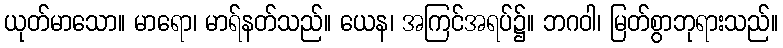
ယုတ်မာသော။ မာရော၊ မာရ်နတ်သည်။ ယေန၊ အကြင်အရပ်၌။ ဘဂဝါ၊ မြတ်စွာဘုရားသည်။